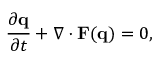
\frac { \partial \mathbf { q } } { \partial t } + \nabla \cdot \mathbf { F } ( \mathbf { q } ) = 0 ,